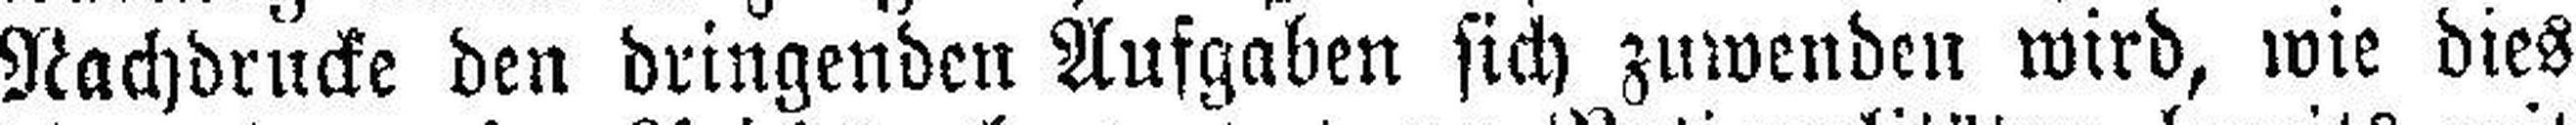
Nachdrucke den dringenden Aufgaben sich zuwenden wird, wie dies